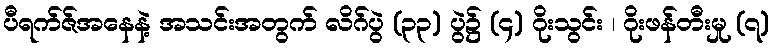
ပီရက်ဇ်အနေနဲ့ အသင်းအတွက် လိဂ်ပွဲ (၃၃) ပွဲ၌ (၄) ဂိုးသွင်း ၊ ဂိုးဖန်တီးမှု (၇)